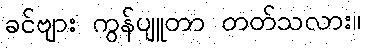
ခင်ဗျား ကွန်ပျူတာ တတ်သလား။